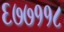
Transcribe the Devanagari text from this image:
६७७११८